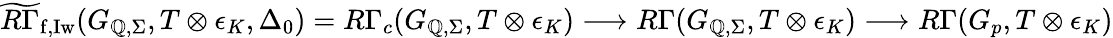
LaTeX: \widetilde{R\Gamma}_{\mathrm{f,Iw}}(G_{\mathbb{Q},\Sigma},T\otimes\epsilon_{K},\Delta_{0})=R\Gamma_{c}(G_{\mathbb{Q},\Sigma},T\otimes\epsilon_{K})\longrightarrow R\Gamma(G_{\mathbb{Q},\Sigma},T\otimes\epsilon_{K})\longrightarrow R\Gamma(G_{p},T\otimes\epsilon_{K})